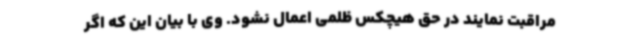
مراقبت نمایند در حق هیچکس ظلمی اعمال نشود. وی با بیان این که اگر